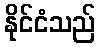
နိုင်ငံသည်